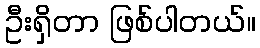
ဦးရှိတာ ဖြစ်ပါတယ်။